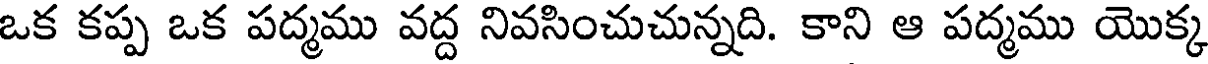
ఒక కప్ప ఒక పద్మము వద్ద నివసించుచున్నది. కాని ఆ పద్మము యొక్క